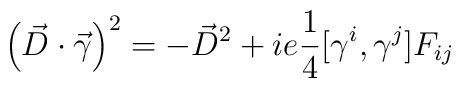
\left(\vec{D}\cdot\vec{\gamma}\right)^2=-\vec{D}^2+ie{1\over    4}[\gamma^i, \gamma^j] F_{ij}